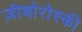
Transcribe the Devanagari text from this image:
ज़ीबोरोस्‍की